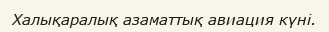
Халықаралық азаматтық авиация күні.